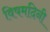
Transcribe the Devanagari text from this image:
विषमदिनी